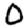
Digit: 0